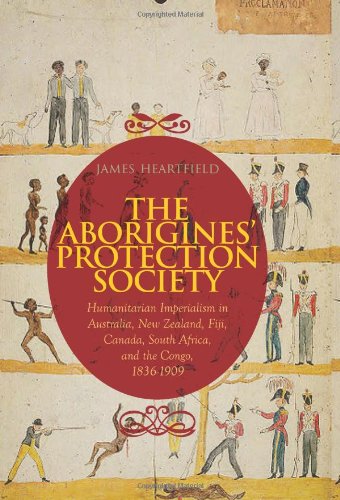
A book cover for The Aborigines' Protection Society: Humanitarian Imperialism in Australia, New Zealand, Fiji, Canada, South Africa, and the Congo, 1837-1909; James Heartfield; History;